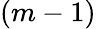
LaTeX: (m-1)